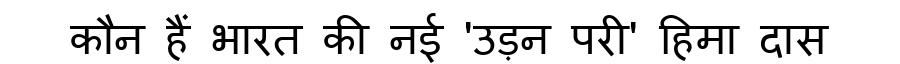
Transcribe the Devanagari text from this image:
कौन हैं भारत की नई 'उड़न परी' हिमा दास